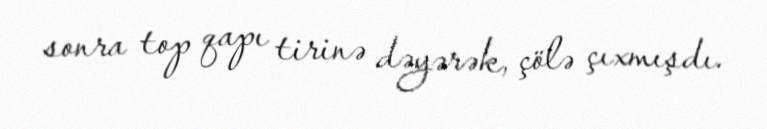
sonra top qapı tirinə dəyərək, çölə çıxmışdı.